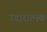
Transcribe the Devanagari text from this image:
उदारात्मक